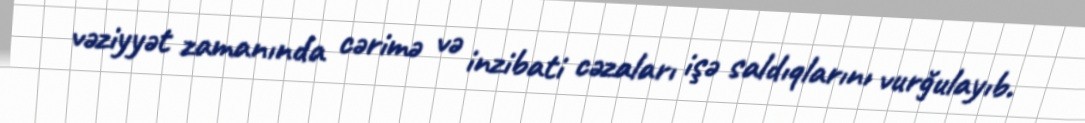
vəziyyət zamanında cərimə və inzibati cəzaları işə saldıqlarını vurğulayıb.